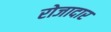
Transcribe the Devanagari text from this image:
रोजादार